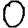
Digit: 0